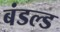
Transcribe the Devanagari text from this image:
बंडल्ड